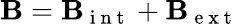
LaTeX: \mathbf{B}=\mathbf{B}_{\mathrm{~i~n~t~}}+\mathbf{B}_{\mathrm{~e~x~t~}}